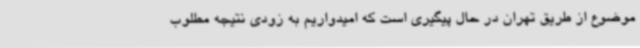
موضوع از طریق تهران در حال پیگیری است که امیدواریم به زودی نتیجه مطلوب